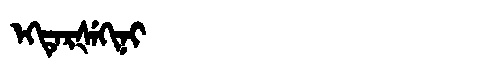
Manchu: ᡝᡴᡨᡝᡵᡧᡝᡴᡳᠨᡳ
Romanization: EKTERŠEKINI